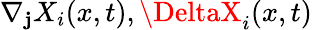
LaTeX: \nabla_{\mathbf{j}}X_{i}(x,t),\DeltaX_{i}(x,t)